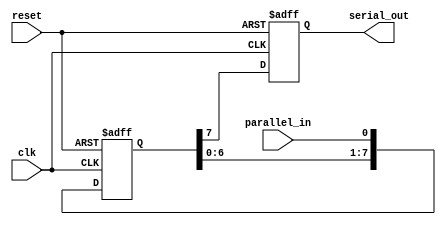
module PISO_shift_register(
  input clk,
  input reset,
  input parallel_in,
  output reg serial_out
);

reg [7:0] shift_register;

always @ (posedge clk or posedge reset)
begin
  if (reset)
  begin
    shift_register <= 8'h00;
    serial_out <= 1'b0;
  end
  else
  begin
    shift_register <= {shift_register[6:0], parallel_in};
    serial_out <= shift_register[7];
  end
end

endmodule